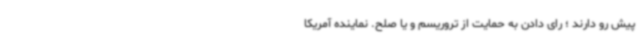
پیش رو دارند ؛ رای دادن به حمایت از تروریسم و یا صلح. نماینده آمریکا